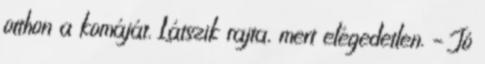
otthon a komáját. Látszik rajta, mert elégedetlen. – Jó